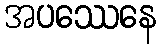
အပဿေနေ